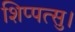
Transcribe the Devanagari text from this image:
शिप्पत्सु।